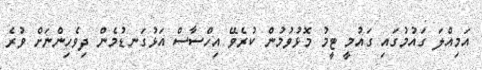
އަމިއްލަ ގައުމުގައި ގައުމީ ޓީމު މޮޅުވުމުން ކުރެވޭ އިހްސާސް އަޅުގަނޑުމެން ދިވެހިންނަށް ވުރެ